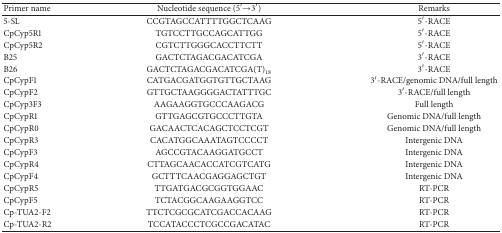
| Primer name | Nucleotide sequence (5′→3′) | Remarks |
 | --- | --- | --- |
 | 5-SL | CCGTAGCCATTTTGGCTCAAG | 5′-RACE |
 | CpCyp5R1 | TGTCCTTGCCAGCATTGG | 5′-RACE |
 | CpCyp5R2 | CGTCTTGGGCACCTTCTT | 5′-RACE |
 | B25 | GACTCTAGACGACATCGA | 3′-RACE |
 | B26 | GACTCTAGACGACATCGA(T)18 | 3′-RACE |
 | CpCypF1 | CATGACGATGGTGTTGCTAAG | 3′-RACE/genomic DNA/full length |
 | CpCypF2 | GTTGCTAAGGGGACTATTTGC | 3′-RACE/full length |
 | CpCyp3F3 | AAGAAGGTGCCCAAGACG | Full length |
 | CpCypR1 | GTTGAGCGTGCCCTTGTA | Genomic DNA/full length |
 | CpCypR0 | GACAACTCACAGCTCCTCGT | Genomic DNA/full length |
 | CpCypR3 | CACATGGCAAATAGTCCCCT | Intergenic DNA |
 | CpCypF3 | AGCCGTACAAGGATGCCT | Intergenic DNA |
 | CpCypR4 | CTTAGCAACACCATCGTCATG | Intergenic DNA |
 | CpCypF4 | GCTTTCAACGAGGAGCTGT | Intergenic DNA |
 | CpCypR5 | TTGATGACGCGGTGGAAC | RT-PCR |
 | CpCypF5 | TCTACGGCAAGAAGGTCC | RT-PCR |
 | Cp-TUA2-F2 | TTCTCGCGCATCGACCACAAG | RT-PCR |
 | Cp-TUA2-R2 | TCCATACCCTCGCCGACATAC | RT-PCR |